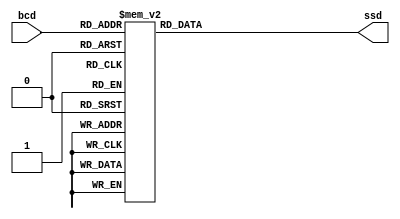
`timescale 1ns / 1ps

module AsevenSegmentDisplay (
	input [4:0] bcd,
	output reg [7:0] ssd
);

	// The SSD is 'active low', which means the various segments are illuminated 
	// when supplied with logic low '0'.

	always @(*) begin
		case(bcd)
			5'd0 : ssd = 8'b00000011;
			5'd1 : ssd = 8'b10011111;
			5'd2 : ssd = 8'b00100101;
			5'd3 : ssd = 8'b00001101;
			5'd4 : ssd = 8'b10011001;
			5'd5 : ssd = 8'b01001001;
			5'd6 : ssd = 8'b01000001;
			5'd7 : ssd = 8'b00011111;
			5'd8 : ssd = 8'b00000001;
			5'd9 : ssd = 8'b00001001;
			5'd10: ssd = 8'b00000011; 
			5'd11 : ssd = 8'b00000010; // the display of 5d'11 to 5d'20 are specially designed for counter_4, because 
            5'd12 : ssd = 8'b10011110; // we need to display the dot for counter_4.
            5'd13 : ssd = 8'b00100100; 
            5'd14 : ssd = 8'b00001100; 
            5'd15 : ssd = 8'b10011000;
            5'd16 : ssd = 8'b01001000;
            5'd17 : ssd = 8'b01000000;
            5'd18 : ssd = 8'b00011110;
            5'd19 : ssd = 8'b00000000;
            5'd20 : ssd = 8'b00001000;
            5'd21 : ssd = 8'b01110001;//F
            5'd22 : ssd = 8'b00010001;//A
            5'd23 : ssd = 8'b10011111;//I
            5'd24 : ssd = 8'b11100011;//L
            5'd25 : ssd = 8'b00010011;//N
            5'd26 : ssd = 8'b10000011;//U
            5'd27 : ssd = 8'b01100001;//E
            5'd28 : ssd = 8'b10000101;//D
            5'd30 : ssd = 8'b11111111;

			default : ssd = 8'b11111111;
		endcase
	end

	endmodule